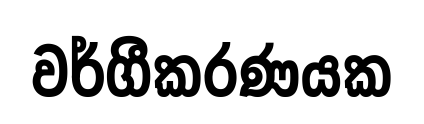
වර්ගීකරණයක